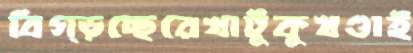
বিগ্‌ড়চ্ছেরেখাটুকুখণ্ডাই